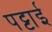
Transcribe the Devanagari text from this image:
पट्टाई